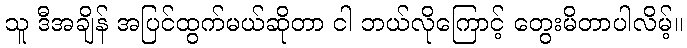
သူ ဒီအချိန် အပြင်ထွက်မယ်ဆိုတာ ငါ ဘယ်လိုကြောင့် တွေးမိတာပါလိမ့်။